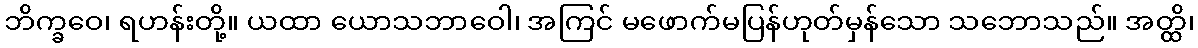
ဘိက္ခဝေ၊ ရဟန်းတို့။ ယထာ ယောသဘာဝေါ၊ အကြင် မဖောက်မပြန်ဟုတ်မှန်သော သဘောသည်။ အတ္ထိ၊